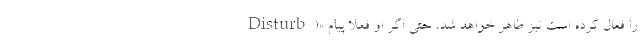
Disturb)» را فعال کرده است نیز ظاهر خواهد شد، حتی اگر او فعلا پیام